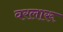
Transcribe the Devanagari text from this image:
वरलारू